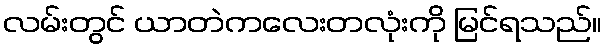
လမ်းတွင် ယာတဲကလေးတလုံးကို မြင်ရသည်။